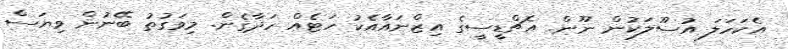
އެކަހަލަ އުސޫލަކުން ނޫން. އެޗްޑީސީގެ އިޒްނައާއެކު ހަޓެއް ހަދާގެން. މިވަގުތު ބޭނުން ވިޔަސް